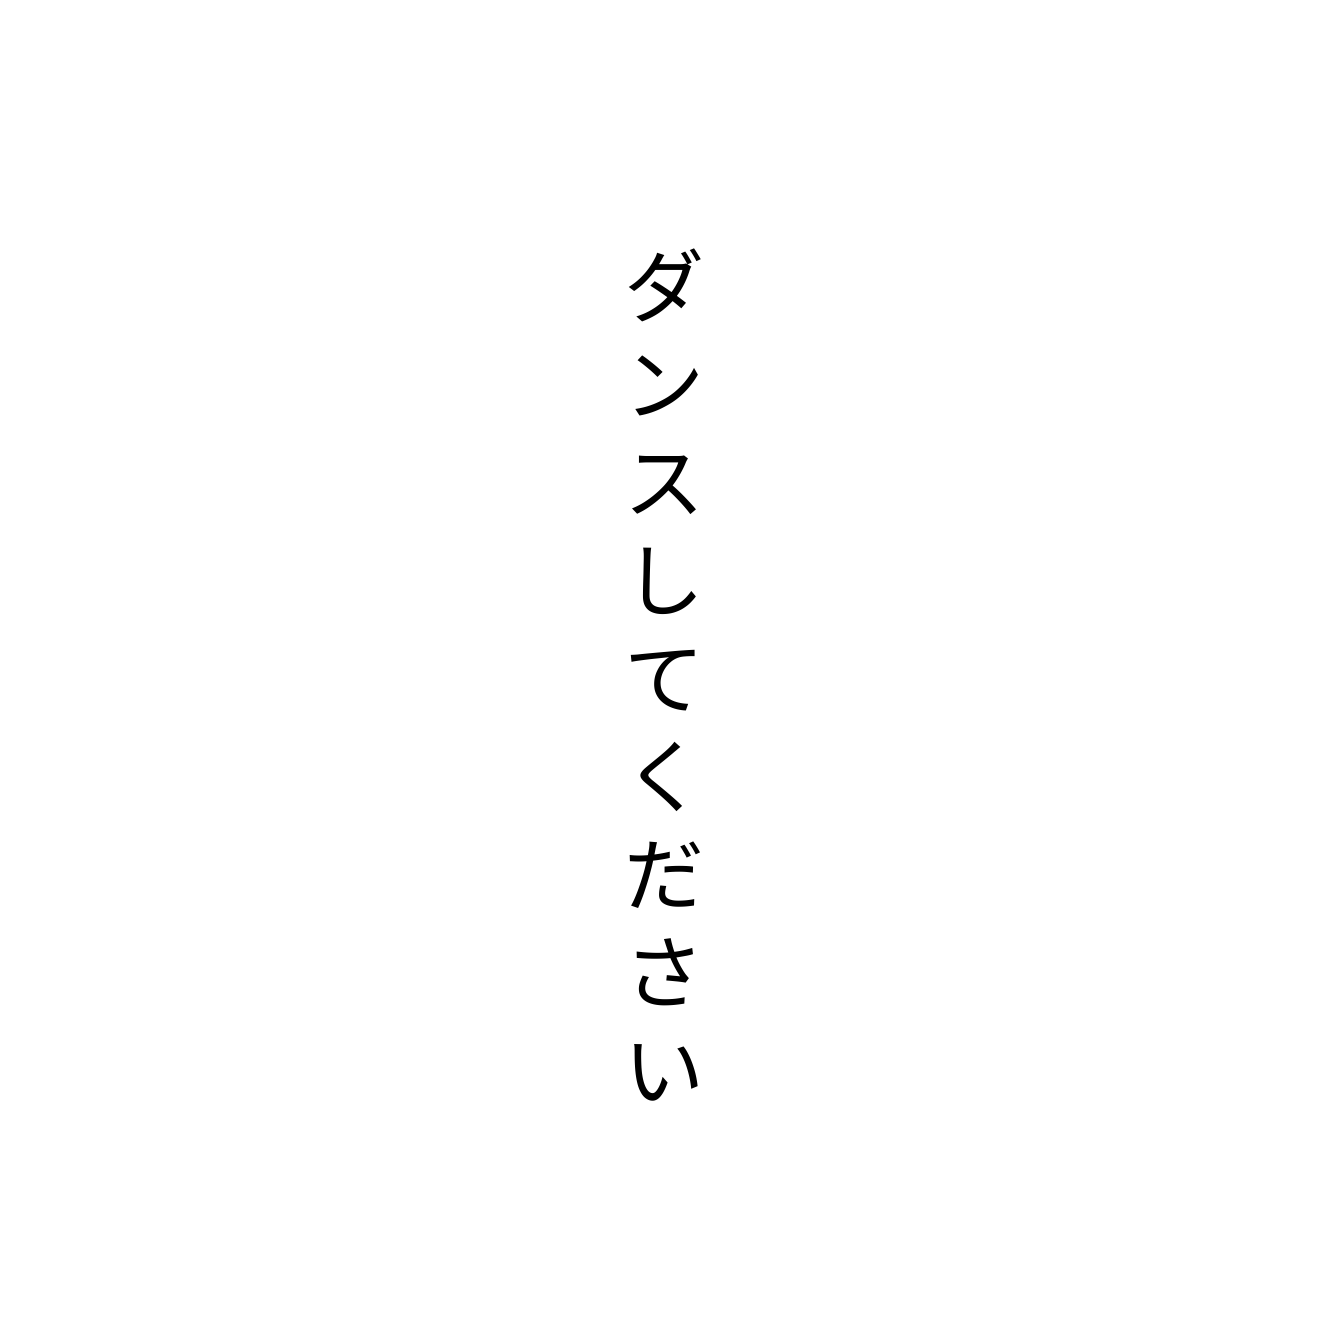
ダンスしてください